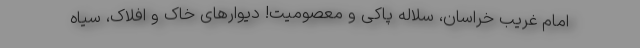
امام غریب خراسان، سلاله پاکی و معصومیت! دیوارهای خاک و افلاک، سیاه